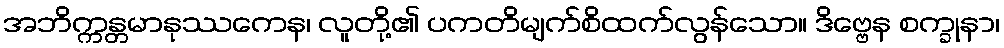
အဘိက္ကန္တမာနုဿကေန၊ လူတို့၏ ပကတိမျက်စိထက်လွန်သော။ ဒိဗ္ဗေန စက္ခုနာ၊